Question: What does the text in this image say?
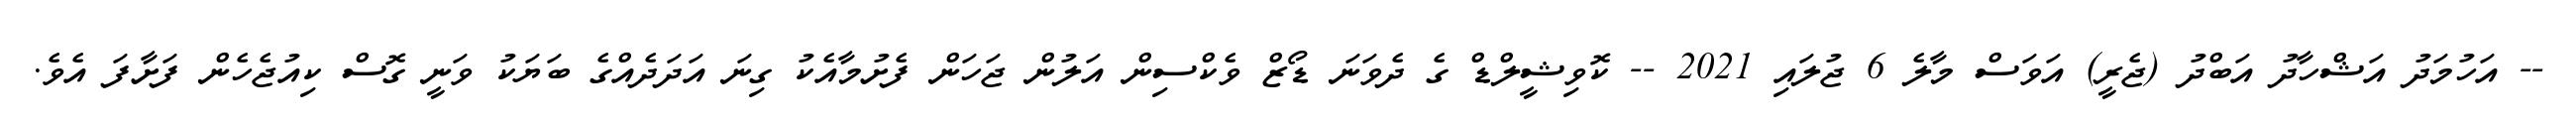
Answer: -- އަހުމަދު އަޝްހާދު އަބްދު (ޖެރީ) އަވަސް މާލެ 6 ޖުލައި 2021 -- ކޮވިޝީލްޑް ގެ ދެވަނަ ޑޯޒް ވެކްސިން އަލުން ޖަހަން ފެށުމާއެކު ގިނަ އަދަދެއްގެ ބަޔަކު ވަނީ ގޮސް ކިއުޖެހެން ފަށާފަ އެވެ.